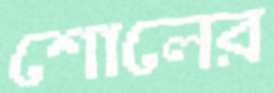
শোলের